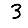
Digit: 3